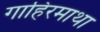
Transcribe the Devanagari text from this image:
गाहिरमाथा